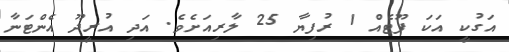
އަގުކީ އަކަ ފޫޓެއް 1 ރުފިޔާ 25 ލާރިއަށެވެ. އަދި އުރީދޫ އެންޓަނާ